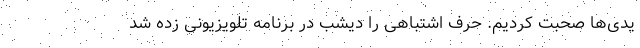
یدی‌ها صحبت کردیم. حرف اشتباهی را دیشب در برنامه تلویزیونی زده شد